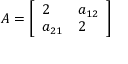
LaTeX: A = \left[ { \begin{array} { l l } { 2 } & { a _ { 1 2 } } \\ { a _ { 2 1 } } & { 2 } \end{array} } \right]